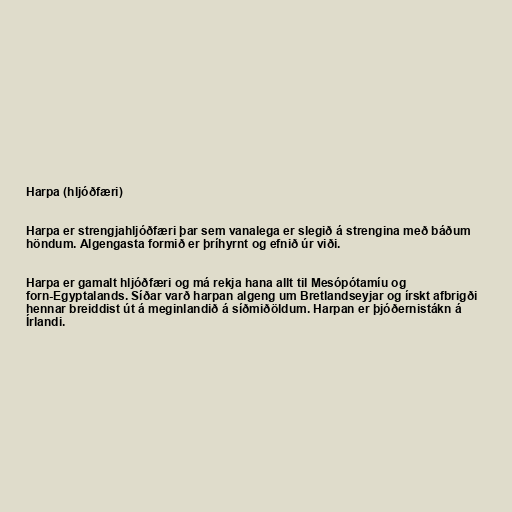
Harpa (hljóðfæri)

Harpa er strengjahljóðfæri þar sem vanalega er slegið á strengina með báðum
höndum. Algengasta formið er þríhyrnt og efnið úr viði.

Harpa er gamalt hljóðfæri og má rekja hana allt til Mesópótamíu og
forn-Egyptalands. Síðar varð harpan algeng um Bretlandseyjar og írskt afbrigði
hennar breiddist út á meginlandið á síðmiðöldum. Harpan er þjóðernistákn á
Írlandi.